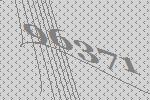
96371